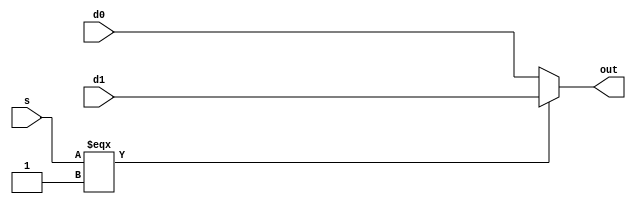
`timescale 1ns / 1ps
//////////////////////////////////////////////////////////////////////////////////
// Company: 
// Engineer: 
// 
// Design Name: 
// Module Name:    mux 
// Project Name: 
// Target Devices: 
// Tool versions: 
// Description: 
//
// Dependencies: 
//
// Revision: 
// Revision 0.01 - File Created
// Additional Comments: 
//
//////////////////////////////////////////////////////////////////////////////////

module mux2 #(parameter WIDTH=32) (
    input [WIDTH-1:0] d0, d1,
	 input s,
	 output [WIDTH-1:0] out
    );

assign out = s === 1 ? d1 : d0;

endmodule



module mux4 #(parameter WIDTH=32) (
    input [WIDTH-1:0] d0, d1, d2, d3,
	 input [1:0] s,
	 output reg [WIDTH-1:0] out
	 );
	 
always @(*)
case (s)
	2'b00: out = d0;
	2'b01: out = d1;
	2'b10: out = d2;
	2'b11: out = d3;
	default: out = 0;
endcase
	
endmodule 


module mux8 #(parameter WIDTH=32) (
    input [WIDTH-1:0] d0, d1, d2, d3, d4, d5, d6, d7,
	 input [2:0] s,
	 output reg [WIDTH-1:0] out
	 );
	 
always @(*)
case (s)
	3'b000: out = d0;
	3'b001: out = d1;
	3'b010: out = d2;
	3'b011: out = d3;
	3'b100: out = d4;
	3'b101: out = d5;
	3'b110: out = d6;
	3'b111: out = d7;
	default: out = 0;
endcase
	
endmodule